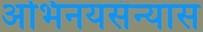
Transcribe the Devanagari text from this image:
अभिनयसंन्यास